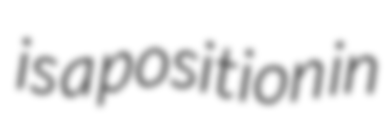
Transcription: is a position in